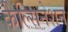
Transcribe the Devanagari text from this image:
कैल्सिनेशन